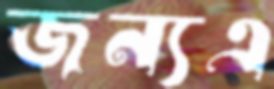
জন্যএ